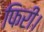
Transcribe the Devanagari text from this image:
फिरी।